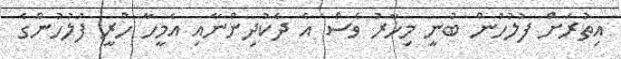
އިތުރަށް ފުލުހުން ބުނީ މިހާރު ވެސް އެ ދެކުދިންނާއި އެމީހާ ހުރީ ފުލުހުންގެ